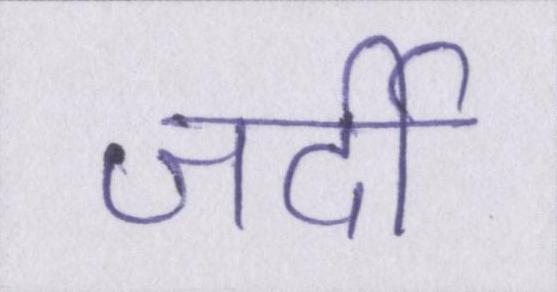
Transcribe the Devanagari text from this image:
जर्दी